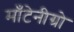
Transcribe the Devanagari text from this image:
माँटेनीग्रो